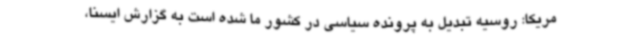
مریکا: روسیه تبدیل به پرونده سیاسی در کشور ما شده است به گزارش ایسنا،